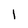
Character: l